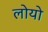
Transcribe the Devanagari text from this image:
लोयो